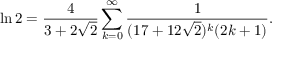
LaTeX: \ln 2 = { \frac { 4 } { 3 + 2 { \sqrt { 2 } } } } \sum _ { k = 0 } ^ { \infty } { \frac { 1 } { ( 1 7 + 1 2 { \sqrt { 2 } } ) ^ { k } ( 2 k + 1 ) } } .